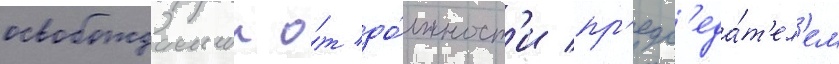
освобождаемыи о́т до́лжност'и пр'едс'еда́т'ел'ем